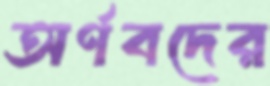
অর্ণবদের